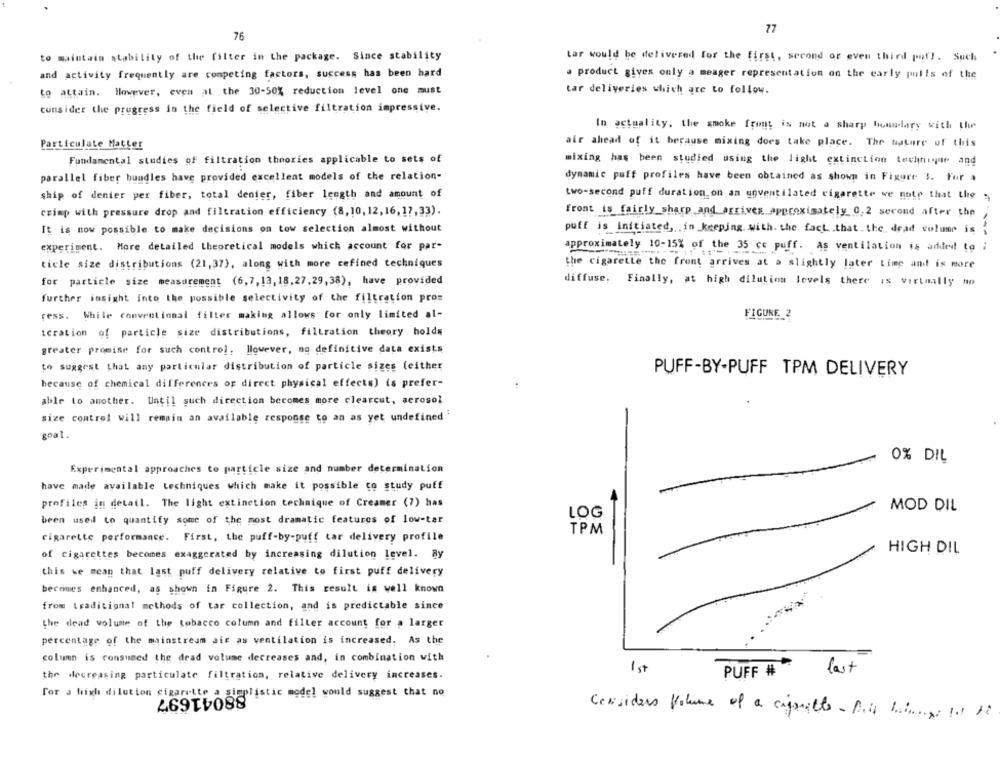
77
76
to maintain stability of the filter in the package. Since stability
Lar would be delivered for the first, second or even third puf !. Such
and activity frequently are competing factors, success has been hard
. product gives only a meager representation on the carly pulls of the
to attain. However, even at the 30-50% reduction level one must
tar deliveries which are to follow.
consider the progress in the field of selective filtration impressive.
In actuality, the smoke front is not a sharp boundary with the
Particulate Matter
air ahead of it because mixing does take place. The nature of this
Fundamental studies of filtration theories applicable to sets of
mixing has been studied using the light extinction technique and
parallel fiber bundles have provided excellent models of the relation-
dynamic puff profiles have been obtained as shown in Figure 3. For a
ship of denier per fiber, total denier, fiber length and amount of
two-second puff duration on an unventilated cigarette we note that the
crimp with pressure drop and filtration efficiency (8, 10, 12, 16, 17,33).
front is fairly sharp and arrives approximately 0,2 second after the
It is now possible to make decisions on tow selection almost without
puff is initiated, . in keeping with. the fact .that .the dead volume is ;
experiment. More detailed theoretical models which account for par-
approximately 10-15% of the 35 cc puff. as ventilation is added to ;
ticle size distributions (21,37), along with more refined techniques
the cigarette the front arrives at a slightly later time and is more
for particle size measurement (6,7,13, 18.27.29,38), have provided
diffuse. Finally, at high dilution levels there is virtually no
further insight into the possible selectivity of the filtration prom
ress. While conventional filter making allows for only limited al-
FIGURE_2
teration of particle size distributions, filtration theory holds
greater promise for such control, However, no definitive data exists
to suggest that any particular distribution of particle sizes (either
PUFF-BY-PUFF TPM DELIVERY
because of chemical differences or direct physical effects) is prefer-
able to another. Until such direction becomes more clearcut, aerosol
size control will remain an available response to an as yet undefined
goal.
0% DIL
Experimental approaches to particle size and number determination
have made available techniques which make it possible to study puff
profiles in detail. The light extinction technique of Creamer (7) has
MOD DIL
LOG
been used to quantify some of the most dramatic features of low-tar
TPM
cigarette performance. First, the puff-by-puff tar delivery profile
-
of cigarettes becomes exaggerated by increasing dilution level. By
HIGH DIL
this we mean that last puff delivery relative to first puff delivery
becomes enhanced, as shown in Figure 2. This result is well known
from traditional methods of tar collection, and is predictable since
the dead volume of the tobacco column and filter account for a larger
percentage of the mainstream air as ventilation is increased. As the
column is consumed the dead volume decreases and, in combination with
1 st
the decreasing particulate filtration, relative delivery increases.
PUFF #
For a high dilution cigarette a simplistic model would suggest that no
Considers Volume of a cigarette . Die bia xi 11 ti